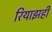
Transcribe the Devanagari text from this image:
रियाझही